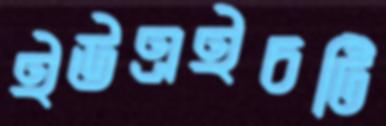
ইউএইচটি